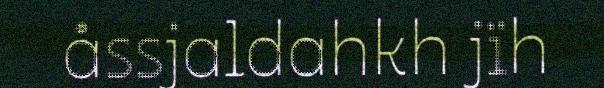
åssjaldahkh jïh